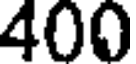
400